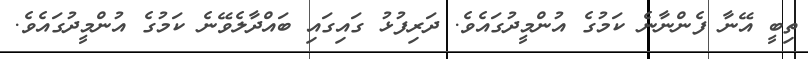
ތިބީ އޭނާ ފެންނާނެ ކަމުގެ އުންމީދުގައެވެ. ދަރިފުޅު ގައިގައި ބައްދާލެވޭނެ ކަމުގެ އުންމީދުގައެވެ.